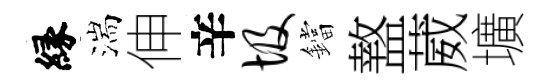
縁湍伸辛圾鐺盩葳壙